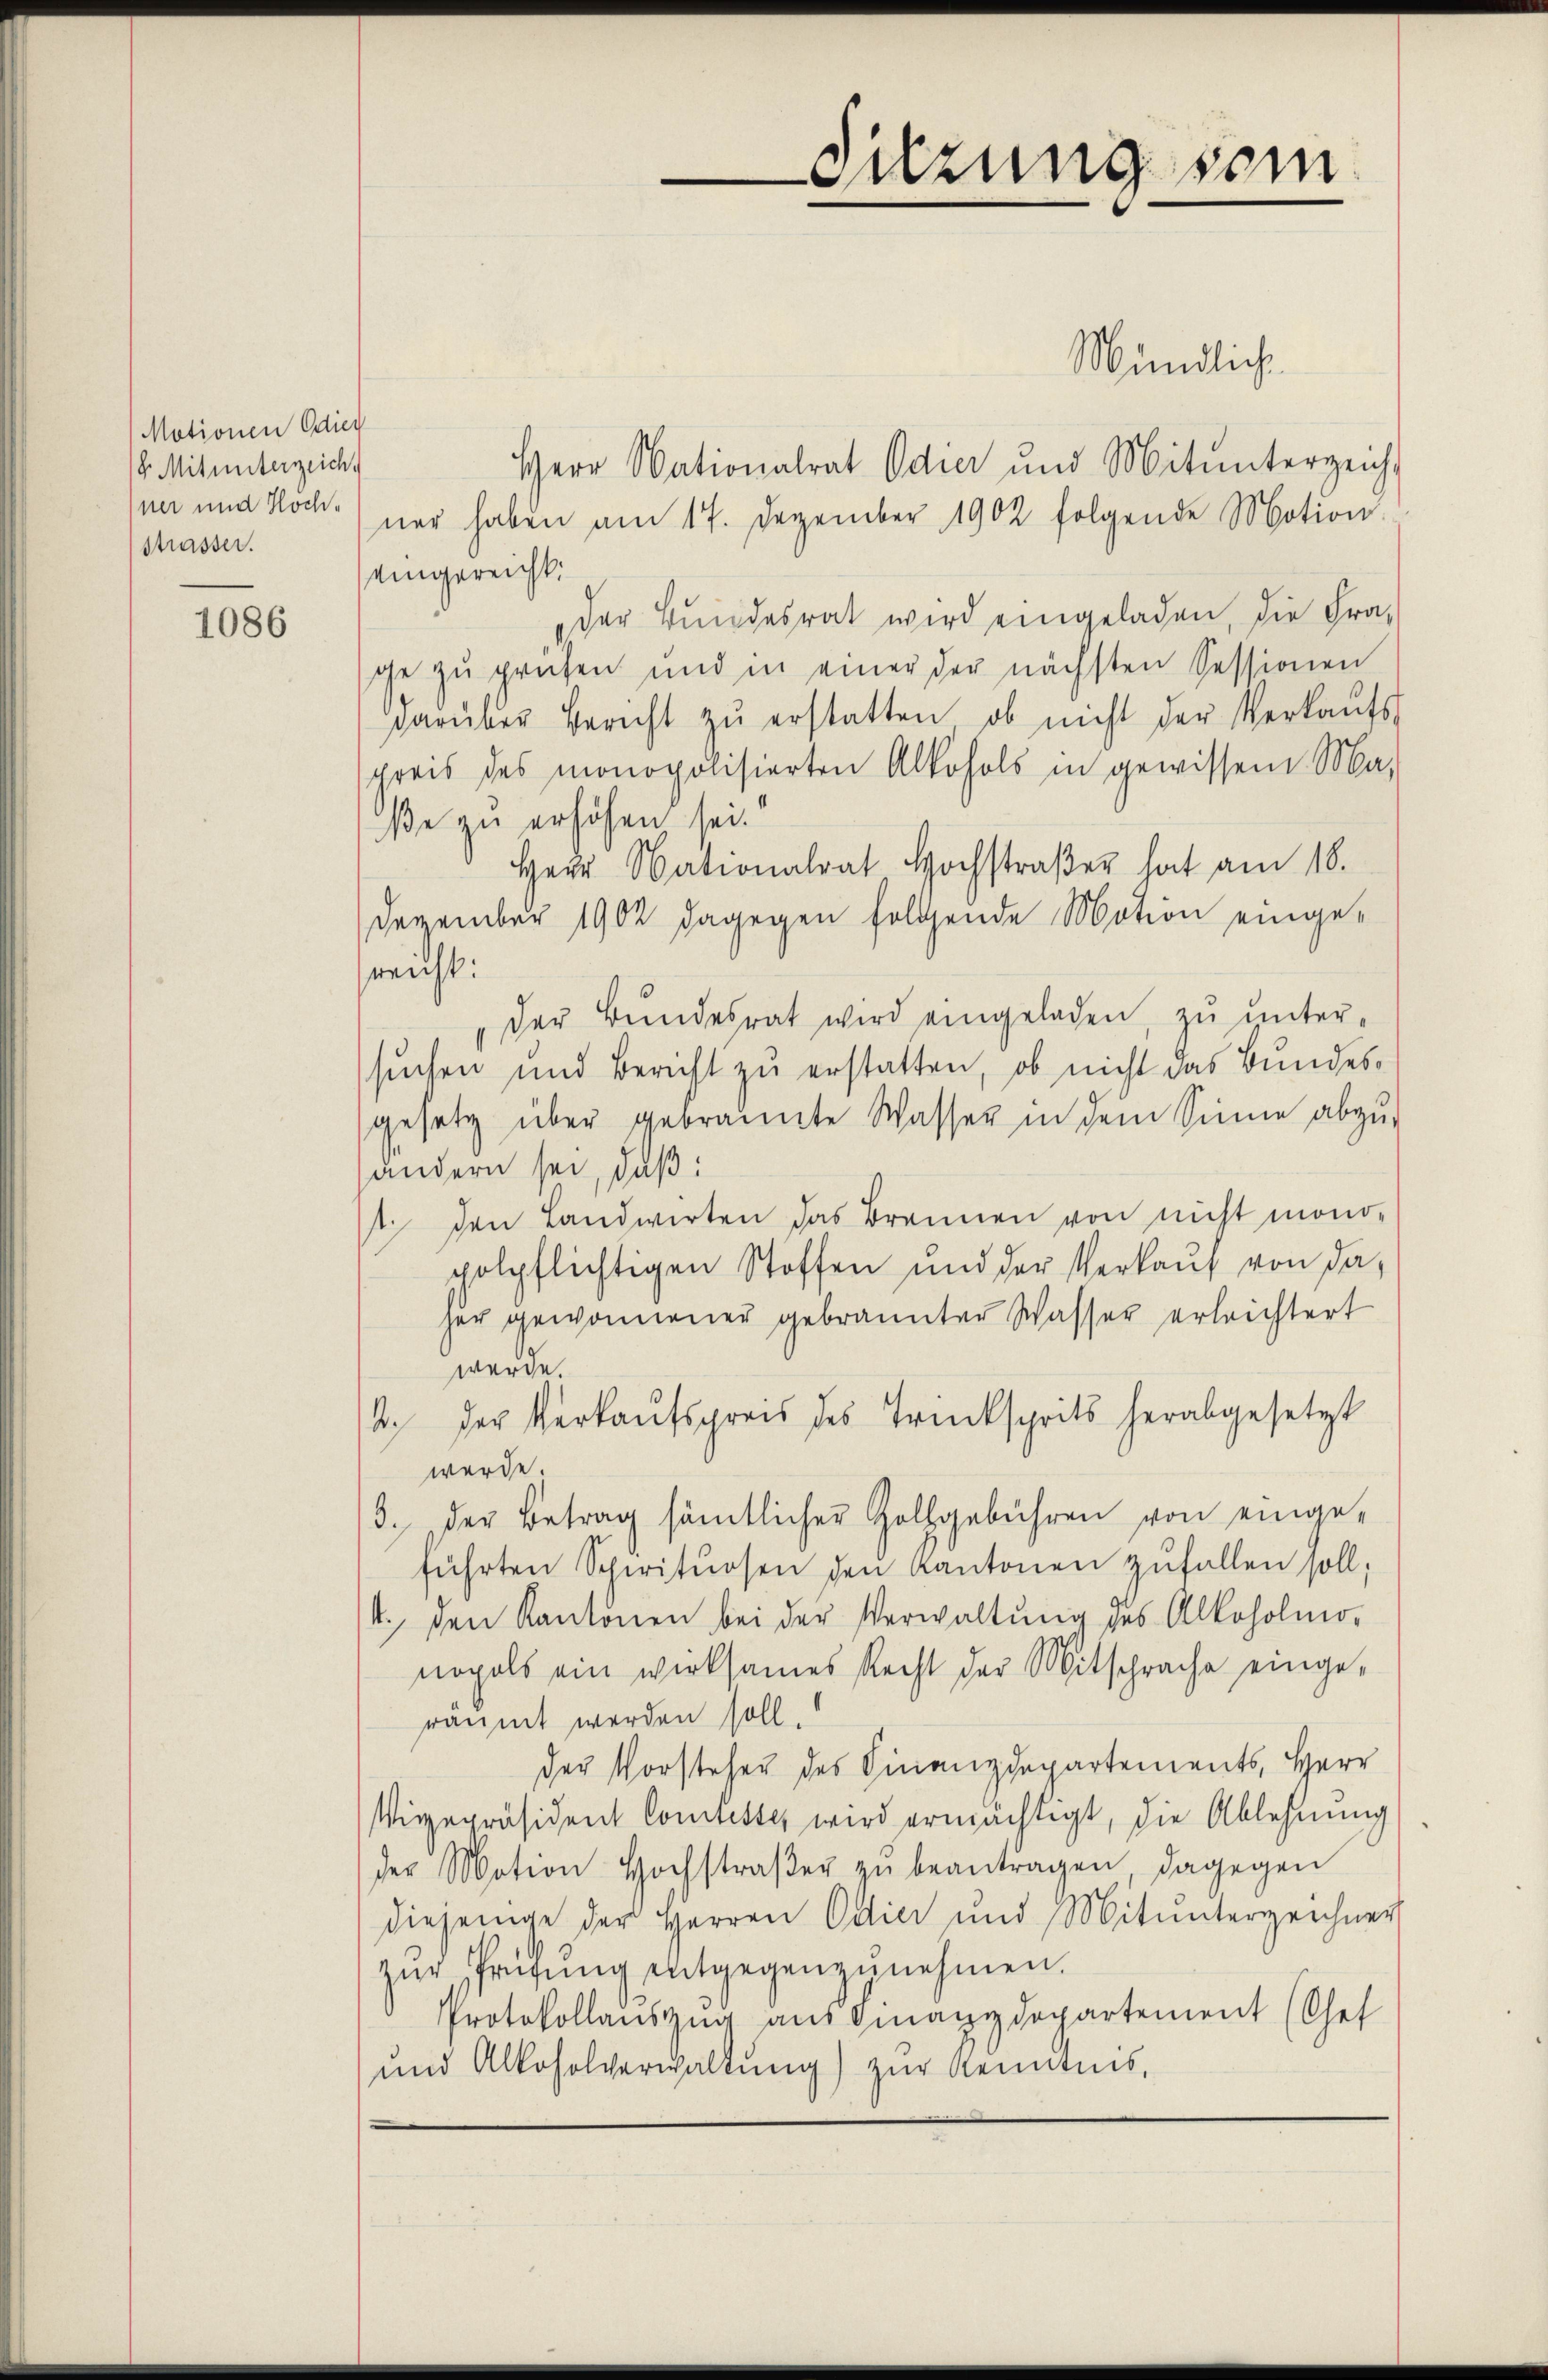
Motionen Odieg
8. Mitunterzeich.
ner und Hochstrasser.

1086

Sitzung sein

Mündliche
Herr Nationalrat Odier und Mitunterzeich
ner haben am 17. Dezember 1902 folgende Motion
eingereicht:
der Bundesrat wird eingeladen, die Frage zŭ prüfen und in einer der nächsten Sessionen
darüber Bericht zŭ erstatten, ob nicht der Verkaŭfs
preis des monopolisierten Alkohols in gewissen Ma-
ße zu erhöhen sei.
Herr Nationalrat Hochstraβer hat am 18.
Dezember 1902 dagegen folgende Motion eingesreicht:
der Bŭndesrat wird eingeladen, zu unter-
suchen und Bericht zu erstatten, ob nicht das Bundesgesetz über gebrannte Wasser in dem Sinne abzu-
andern sei, daß:
1. den Landwirten das Brennen von nicht mono-
pholpflichtigen Stoffen und der Verkauf von da
her gewonnener gebrannter Wasser erleichtert
werde.
2. der Verkaufspreis des Trücksprits herabgesetzt
werde.
3. der Betrag sämtlicher Hollgebühren von eingeführten Spirituosen den Kantonen zufallen soll,
4. den Kantonen bei der Verwaltung des Alkoholmonopels ein wirksames Recht der Mitsprache eingeräumt werden soll.
der Vorstehen des Finanzdepartements, Herr
Vigepräsident Comtestes wird ermächtigt, die Ablehnung
der Motion Hochstraβe zŭ beantragen dagegen
diejenige der Herren Odici und Mitunterzeichner
zur Prüfung entgegenzunehmen.
Protokollauszug aus Finanzdepartement (Chef
und Alkoholverwaltung) zur Kenntnis,